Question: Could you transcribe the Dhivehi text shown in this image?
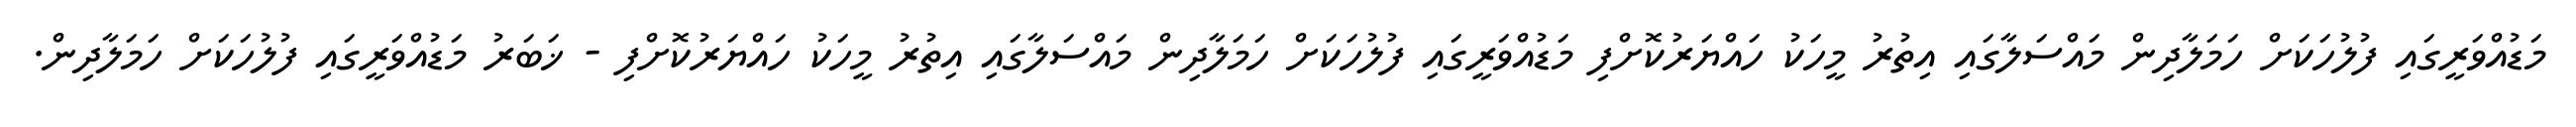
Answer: މަޑުއްވަރީގައި ފުލުހަކަށް ހަމަލާދިން މައްސަލާގައި އިތުރު މީހަކު ހައްޔަރުކޮށްފި މަޑުއްވަރީގައި ފުލުހަކަށް ހަމަލާދިން މައްސަލާގައި އިތުރު މީހަކު ހައްޔަރުކޮށްފި - ޚަބަރު މަޑުއްވަރީގައި ފުލުހަކަށް ހަމަލާދިން.